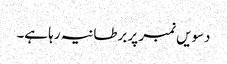
دسویں نمبر پر برطانیہ رہا ہے۔